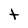
Character: t